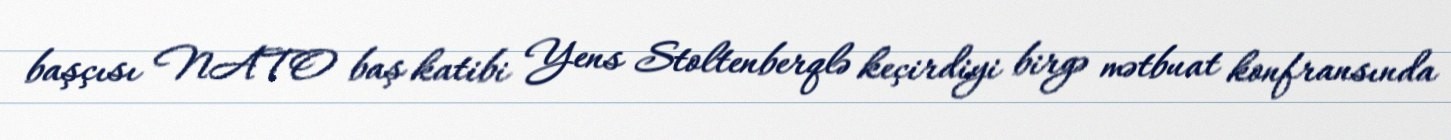
başçısı NATO baş katibi Yens Stoltenberqlə keçirdiyi birgə mətbuat konfransında